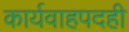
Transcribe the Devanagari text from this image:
कार्यवाहपदही